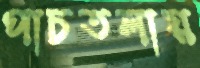
পাচতলায়